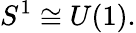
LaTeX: S^{1}\cong U(1).